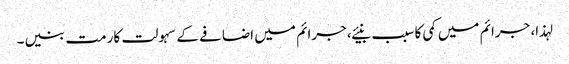
لہذا، جرائم میں کمی کا سبب بنیئے، جرائم میں اضافے کے سہولت کار مت بنیں۔